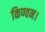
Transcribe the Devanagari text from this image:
किण्वन।